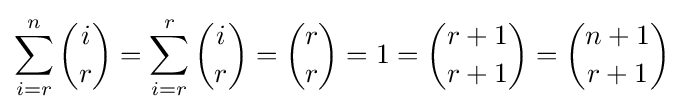
\sum _{i=r}^{n}{i \choose r}=\sum _{i=r}^{r}{i \choose r}={r \choose r}=1={r+1 \choose r+1}={n+1 \choose r+1}